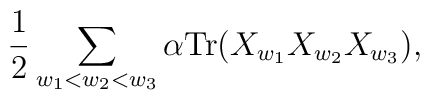
{1\over 2}\sum_{w_1 < w_2 < w_3}\alpha {\rm Tr}(X_{w_1}X_{w_2}X_{w_3}),